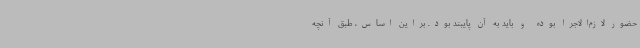
حضور لازم‌الاجرا بوده و باید به آن پایبند بود. براین اساس، طبق آنچه